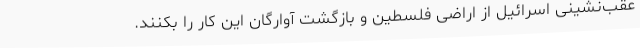
عقب‌نشینی اسرائیل از اراضی فلسطین و بازگشت آوارگان این کار را بکنند.